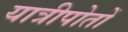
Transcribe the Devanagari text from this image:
यात्रीपोतों